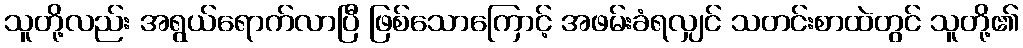
သူတို့လည်း အရွယ်ရောက်လာပြီ ဖြစ်သောကြောင့် အဖမ်းခံရလျှင် သတင်းစာထဲတွင် သူတို့၏